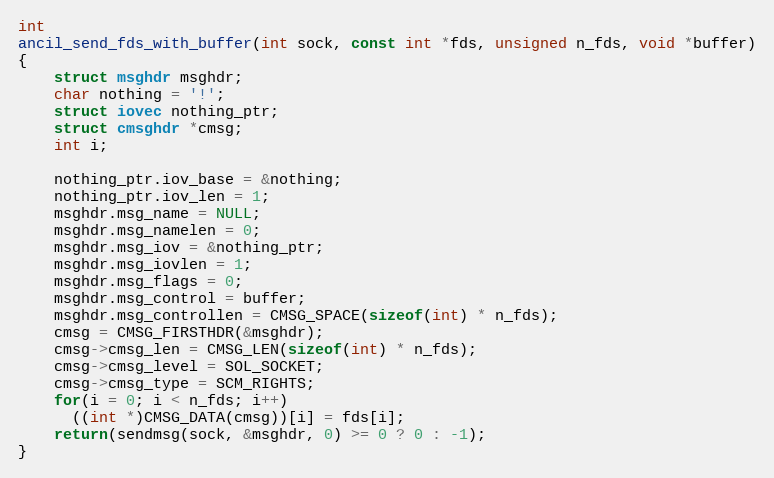
Language: C
int
ancil_send_fds_with_buffer(int sock, const int *fds, unsigned n_fds, void *buffer)
{
    struct msghdr msghdr;
    char nothing = '!';
    struct iovec nothing_ptr;
    struct cmsghdr *cmsg;
    int i;

    nothing_ptr.iov_base = &nothing;
    nothing_ptr.iov_len = 1;
    msghdr.msg_name = NULL;
    msghdr.msg_namelen = 0;
    msghdr.msg_iov = &nothing_ptr;
    msghdr.msg_iovlen = 1;
    msghdr.msg_flags = 0;
    msghdr.msg_control = buffer;
    msghdr.msg_controllen = CMSG_SPACE(sizeof(int) * n_fds);
    cmsg = CMSG_FIRSTHDR(&msghdr);
    cmsg->cmsg_len = CMSG_LEN(sizeof(int) * n_fds);
    cmsg->cmsg_level = SOL_SOCKET;
    cmsg->cmsg_type = SCM_RIGHTS;
    for(i = 0; i < n_fds; i++)
      ((int *)CMSG_DATA(cmsg))[i] = fds[i];
    return(sendmsg(sock, &msghdr, 0) >= 0 ? 0 : -1);
}